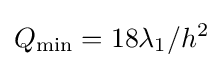
Q_{\min }=18\lambda _{1}/h^{2}